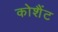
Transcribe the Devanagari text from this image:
कोशैंट